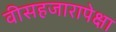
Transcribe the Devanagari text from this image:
वीसहजारापेक्षा